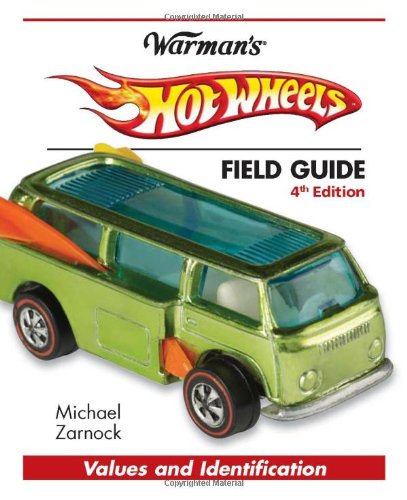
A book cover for Hot Wheels Field Guide: Values and Identification (Warman's Field Guides Hot Wheels: Values & Identification); Michael Zarnock; Crafts, Hobbies & Home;